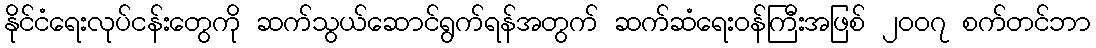
နိုင်ငံရေးလုပ်ငန်းတွေကို ဆက်သွယ်ဆောင်ရွက်ရန်အတွက် ဆက်ဆံရေးဝန်ကြီးအဖြစ် ၂၀၀၇ စက်တင်ဘာ